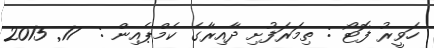
ހަވީރު ފޮޓޯ : ތިމަރަފުށި ދާއިރާގެ ކެމްޕެއިން :  17